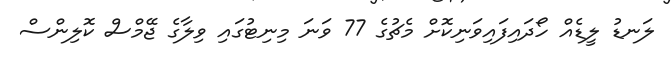
ލަނޑު ލީޑެއް ހޯދައިފައިވަނިކޮށް މެޗުގެ 77 ވަނަ މިނިޓުގައި ވިލާގެ ޖޭމްސް ކޮލިންސް